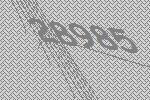
28985